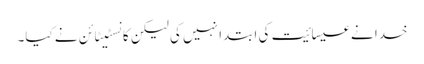
خدا نے عیسائیت کی ابتدا نہیں کی لیکن کانسٹیٹائن نے کیا۔